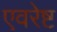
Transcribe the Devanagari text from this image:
एवरेष्ट